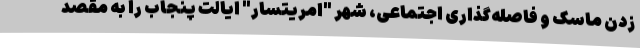
زدن ماسک و فاصله‌گذاری اجتماعی، شهر "امریتسار" ایالت پنجاب را به مقصد